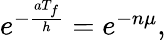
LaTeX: \begin{array}{r}{e^{-\frac{aT_{f}}{h}}=e^{-n\mu},}\end{array}